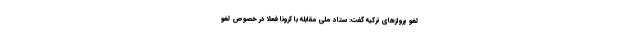
لغو پروازهای ترکیه گفت: ستاد ملی مقابله با کرونا فعلاً در خصوص لغو